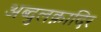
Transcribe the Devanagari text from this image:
अब्दुलक़ादिर